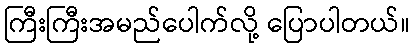
ကြီးကြီးအမည်ပေါက်လို့ ပြောပါတယ်။